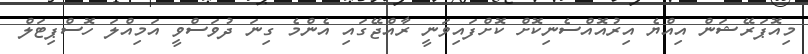
މިއޮޕަރޭޝަން އިއްޔެ އިރުއޮއްސެނިކޮށް ކޮށްފައިވަނީ ރާއްޖޭގައި އެންމެ ގިނަ ދުވަސްވީ އަމިއްލަ ހޮސްޕިޓަލް